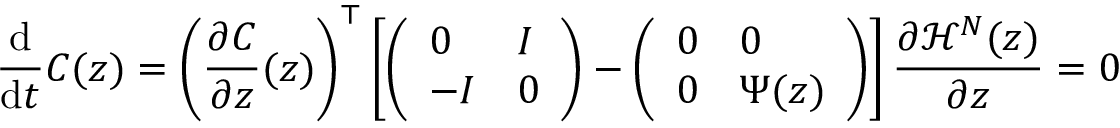
\frac { \mathrm d } { \mathrm d t } C ( z ) = \left( \frac { \partial C } { \partial z } ( z ) \right) ^ { \top } \left[ \left( \begin{array} { l l } { 0 } & { I } \\ { - I } & { 0 } \end{array} \right) - \left( \begin{array} { l l } { 0 } & { 0 } \\ { 0 } & { \Psi ( z ) } \end{array} \right) \right] \frac { \partial \mathcal H ^ { N } ( z ) } { \partial z } = 0